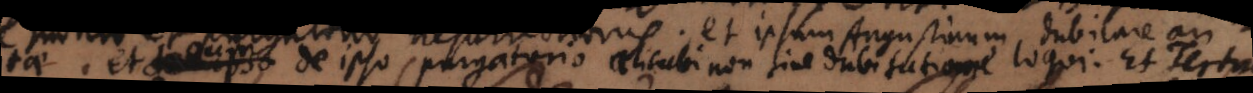
vitae et eum de ipso purgatorio alicubi non sine dubitatione loqui. Et Tertullianum